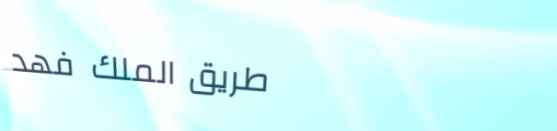
طريق الملك فهد